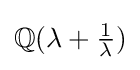
\mathbb {Q} (\lambda +{\tfrac {1}{\lambda }})